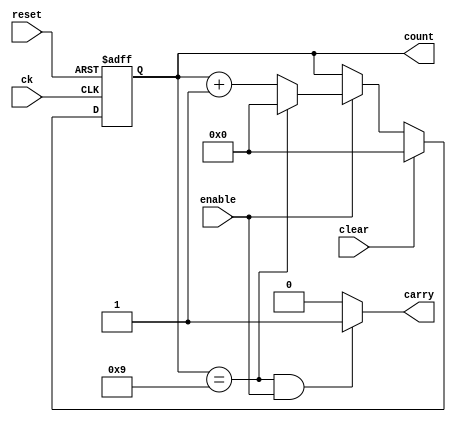
`timescale 1ns/1ps

module counter(
    input ck, reset, clear, enable,
    output carry,
    output reg [3:0] count
);

    reg [3:0] count_next;

    always @(posedge ck, posedge reset) begin
        if (reset) count <= 9;
        else count <= count_next;
    end

    always @(count, enable, clear) begin
        if (clear) begin
            count_next = 0;
        end
        else if (enable) begin
            if (count == 9) begin
                count_next = 0;
            end
            else count_next = count + 1;
        end
        else begin
            count_next = count;
        end
    end

    assign carry = (count == 9 && enable) ? 1 : 0;

endmodule

module count_ms(
    input ck, reset, clear, enable,
    output [3:0] cnt0, cnt1, cnt2, cnt3
);
    wire carry0, carry1, carry2, carry3;
    counter c0(ck, reset, clear, enable, carry0, cnt0);
    counter c1(ck, reset, clear, carry0, carry1, cnt1);
    counter c2(ck, reset, clear, carry1, carry2, cnt2);
    counter c3(ck, reset, clear, carry2, carry3, cnt3);

endmodule